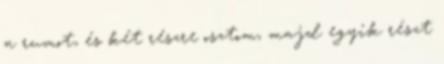
a rumot, és két részre osztom, majd egyik részt